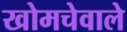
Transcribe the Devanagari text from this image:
खोमचेवाले